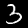
Label: 3